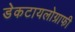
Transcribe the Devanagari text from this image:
डेकटायलोग्राफी